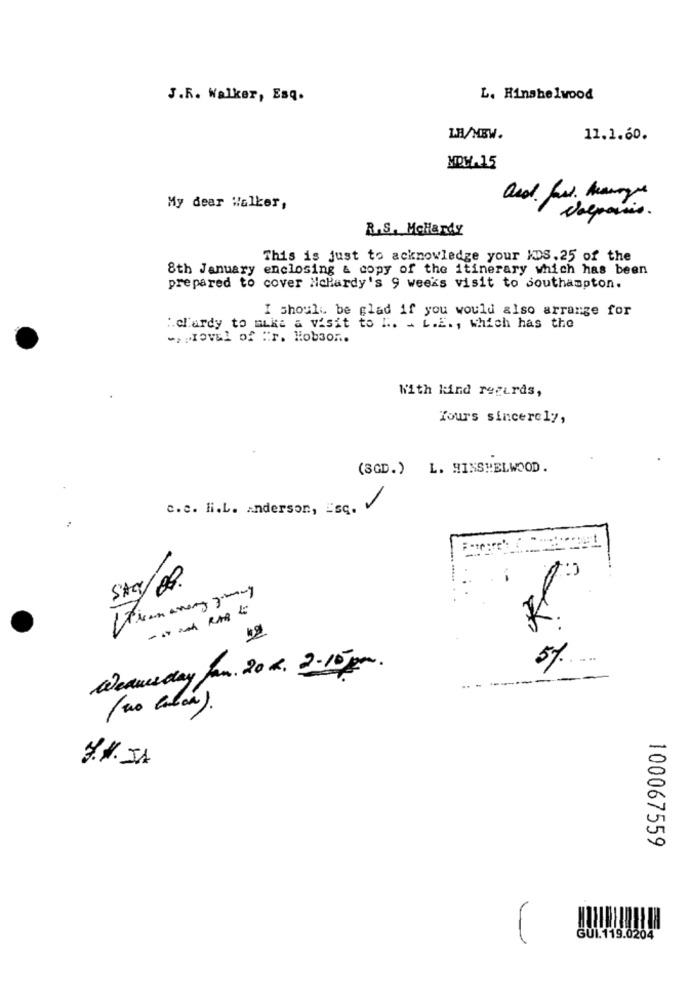
J.R. Walker, Esq.
L. Hinshelwood
I.B/MBW.
11.1.60.
MOW.15
and fast. mange
My dear Walker,
delpaisis.
R.S. Mellardy
This is just to acknowledge your KDS.25 of the
8th January enclosing & copy of the itinerary which has been
prepared to cover NcHardy's 9 weeks visit to southampton.
I should be glad if you would also arrange for
:. chardy to mika a visit to ". . L.E ., which has the
-> Koval of "F. Hobson.
With kind regards,
Yours sincerely,
(SGD.) L. HINSHELWOOD.
c.e. H.L. Anderson, EsC.
SAS/08.
- -- RA4
5%
Wednesday fam. 20 h. 2-10pm.
----
---
--
(no labor).
100067559
GUI. 119.0204